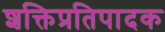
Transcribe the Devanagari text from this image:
शक्तिप्रतिपादक